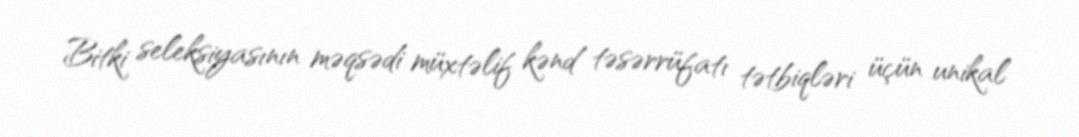
Bitki seleksiyasının məqsədi müxtəlif kənd təsərrüfatı tətbiqləri üçün unikal